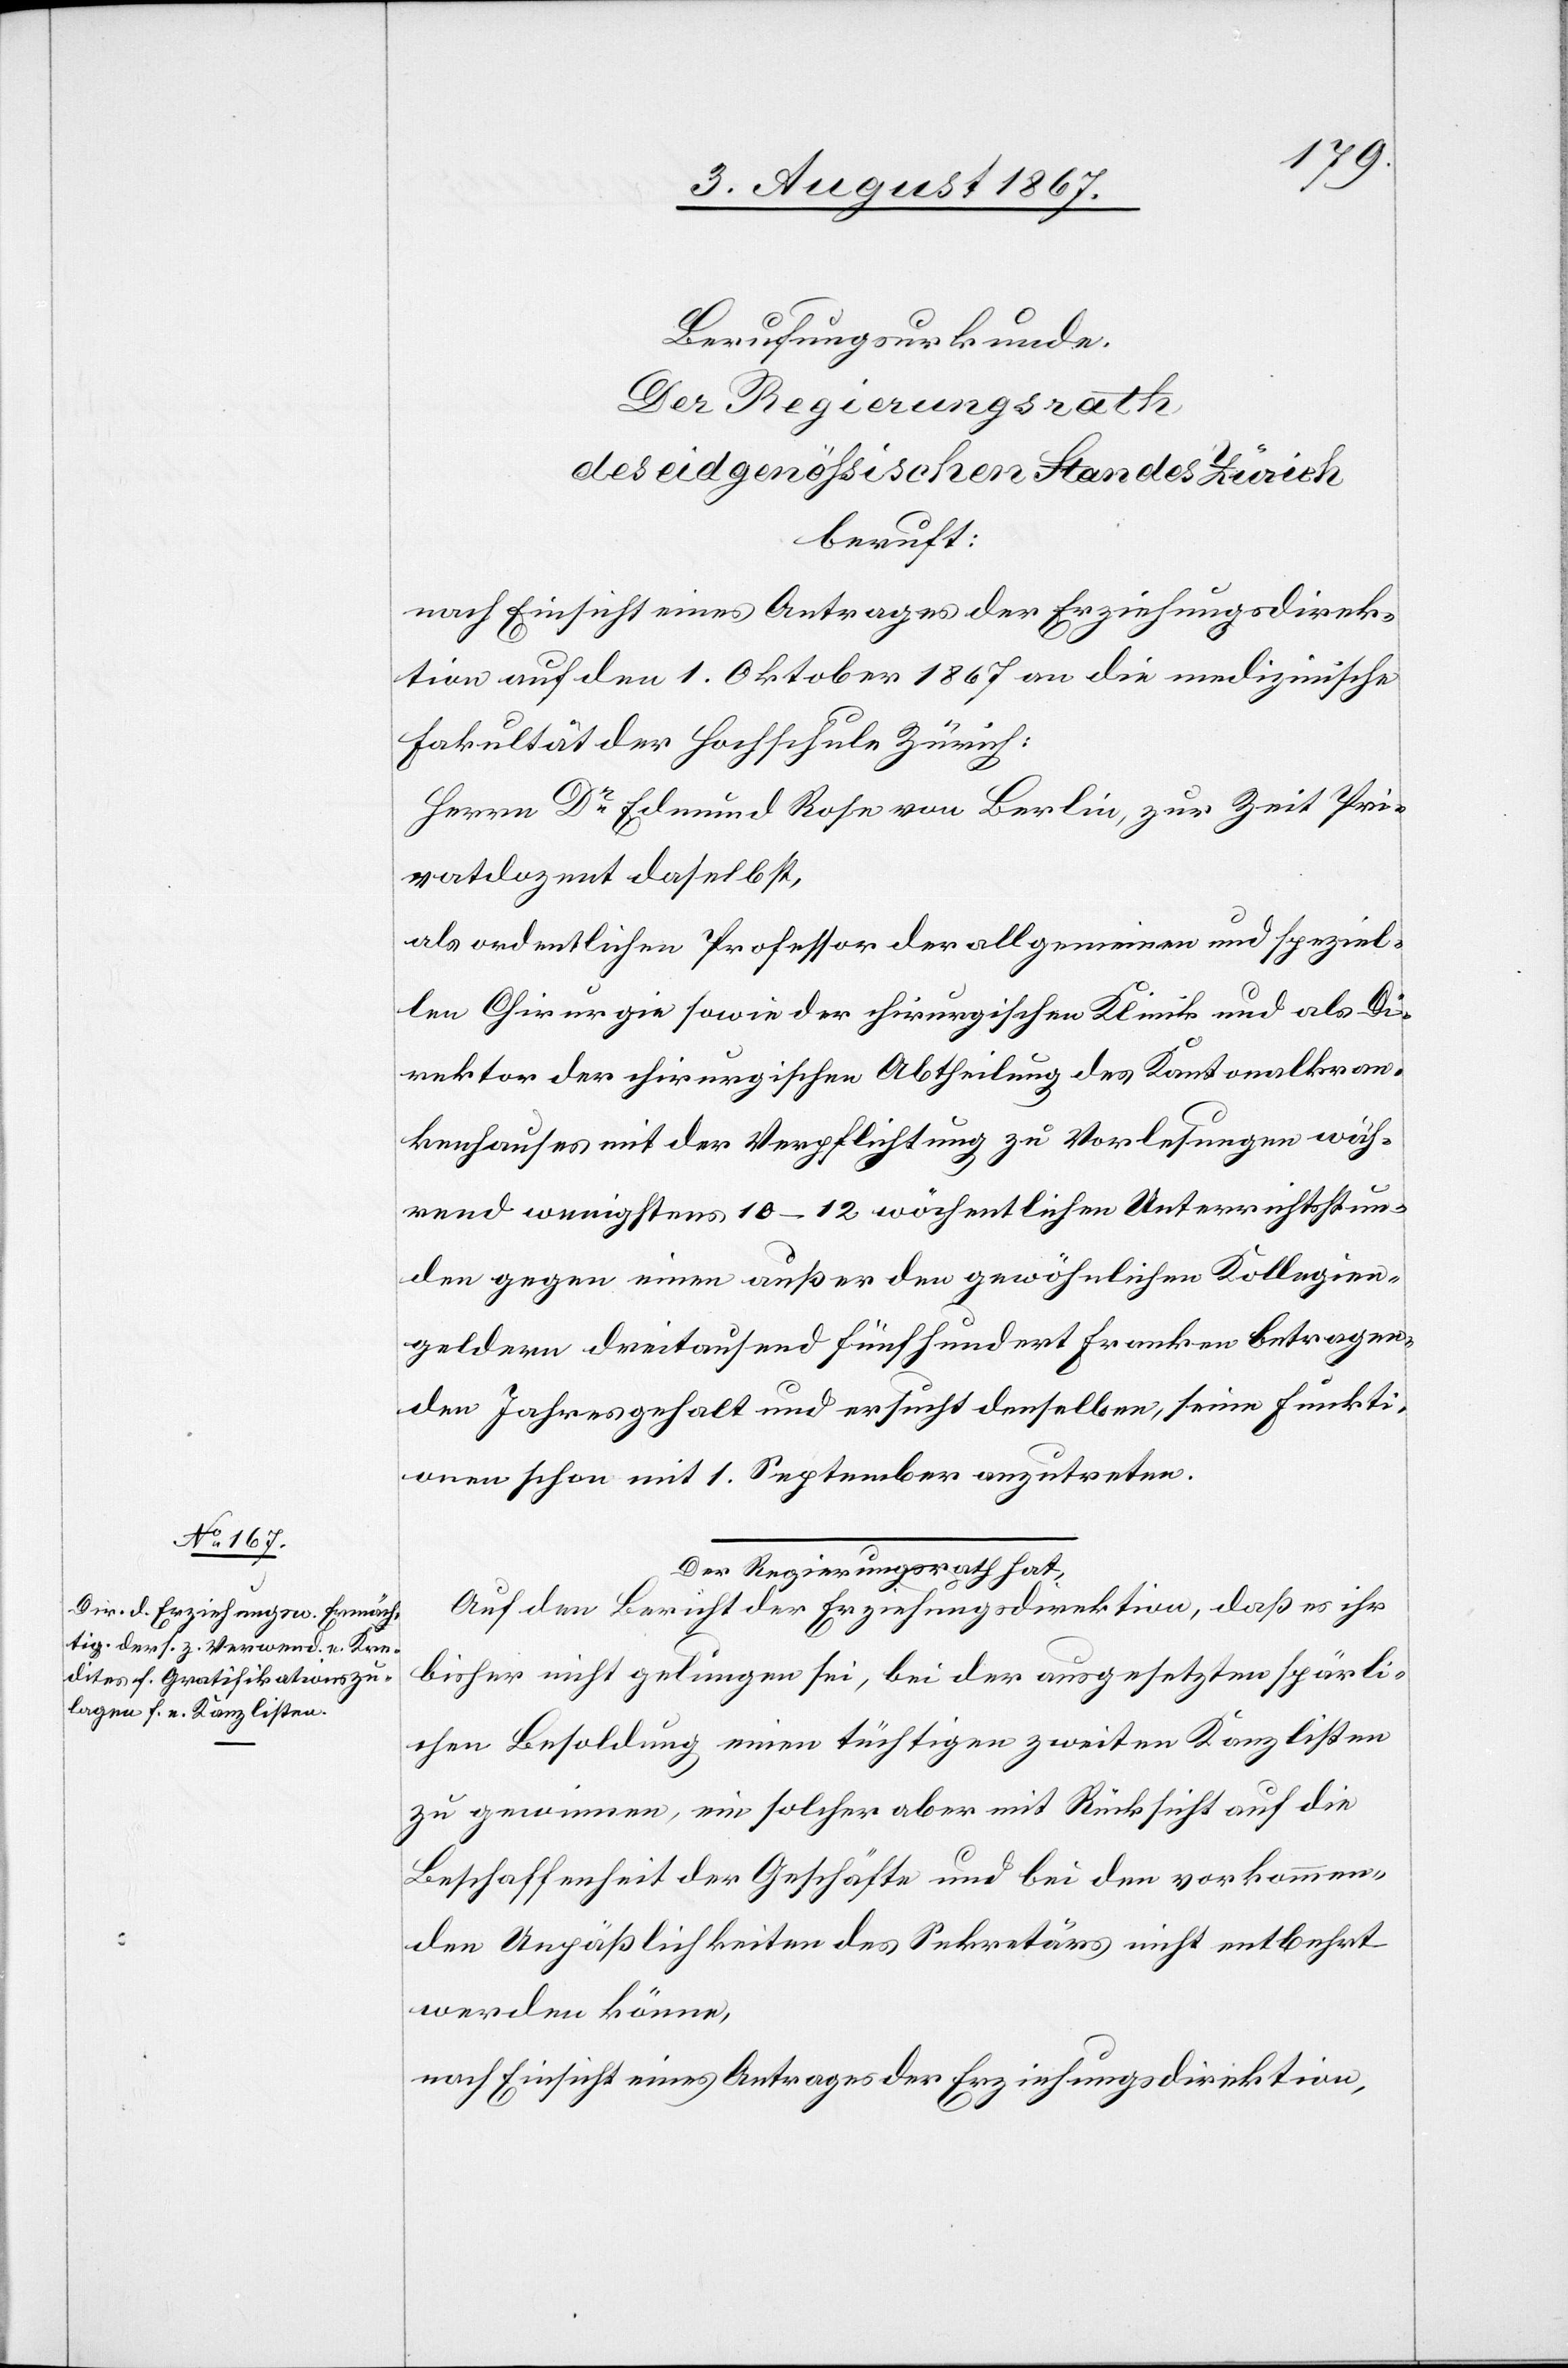
Berufungsurkunde
Der Regierungsrath
des eidgenößischen Standes Zürich
beruft:
nach Einsicht eines Antrages der Erziehungsdirek¬
tion auf den 1. Oktober 1867 an die medizinische
Fakultät der Hochschule Zürich:
Herrn Dr. Edmund Rose von Berlin, zur Zeit Pri¬
vatdozent daselbst,
als ordentlichen Professor der allgemeinen und speziel¬
len Chirurgie sowie der chirurgischen Klinik und als Di¬
rektor der chirurgischen Abtheilung des Kantonalkran¬
kenhauses mit der Verpflichtung zu Vorlesungen wäh¬
rend wenigstens 10–12 wöchentlichen Unterrichtsstun¬
den gegen einen außer den gewöhnlichen Kollegien¬
geldern dreitausend fünfhundert Franken betragen¬
den Jahresgehalt und ersucht denselben, seine Funkti¬
onen schon mit 1. September anzutreten.
Auf den Bericht der Erziehungsdirektion, daß es ihr
bisher nicht gelungen sei, bei der ausgesetzten spärli¬
chen Besoldung einen tüchtigen zweiten Kanzlisten
zu gewinnen, ein solcher aber mit Rücksicht auf die
Beschaffenheit der Geschäfte und bei den vorkommen¬
den Unpäßlichkeiten des Sekretärs nicht entbehrt
werden könne,
nach Einsicht eines Antrages der Erziehungsdirektion,